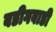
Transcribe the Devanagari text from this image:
बडीगवाडी